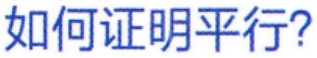
如何证明平行？